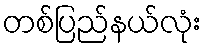
တစ်ပြည်နယ်လုံး